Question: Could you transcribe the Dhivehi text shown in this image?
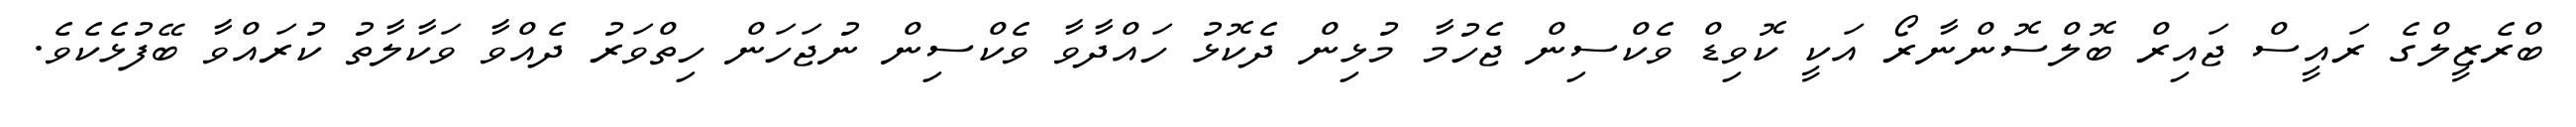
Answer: ބްރެޒީލްގެ ރައީސް ޖައިރް ބޮލްސޮންނާރޯ އަކީ ކޮވިޑް ވެކްސިން ޖެހުމާ މުޅިން ދެކޮޅު ހައްދާވާ ވެކްސިން ނުޖަހަން ހިތްވަރު ދެއްވާ ވަކާލާތު ކުރައްވާ ބޭފުޅެކެވެ.